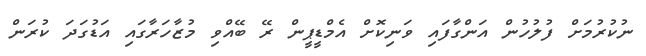
ނުކުރުމަށް ފުލުހުން އަންގާފައި ވަނިކޮށް އެމްޑީޕީން ރޭ ބޭއްވި މުޒާހަރާގައި އަޑުގަދަ ކުރަން